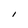
Character: I